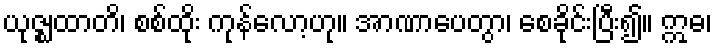
ယုဇ္ဈထာတိ၊ စစ်ထိုး ကုန်လော့ဟု။ အာဏာပေတွာ၊ စေခိုင်းပြီး၍။ ဣဓ၊